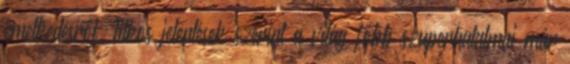
emelkedésről. Titkos jelentések szerint a világ főbb szuperhatalmai már